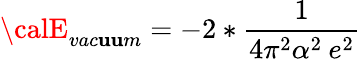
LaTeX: {\calE}_{vac\mathbf{u}\mathbf{u}m}=-2*\frac{{1}}{{4\pi^{2}\alpha^{2}\: e^{2}}}